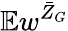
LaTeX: \mathbb{E}w^{\bar{Z}_{G}}